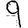
Digit: 9